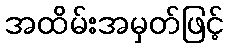
အထိမ်းအမှတ်ဖြင့်